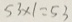
5 3 \times 1 = 5 3